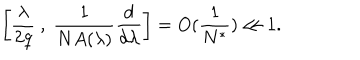
LaTeX: \left[ \frac { \lambda } { 2 q } \ , \ \frac { 1 } { N A ( \lambda ) } \frac { d } { d \lambda } \right] = O ( \frac { 1 } { N ^ { * } } ) \ll 1 .